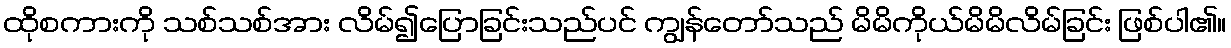
ထိုစကားကို သစ်သစ်အား လိမ်၍ပြောခြင်းသည်ပင် ကျွန်တော်သည် မိမိကိုယ်မိမိလိမ်ခြင်း ဖြစ်ပါ၏။